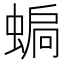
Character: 𧍮